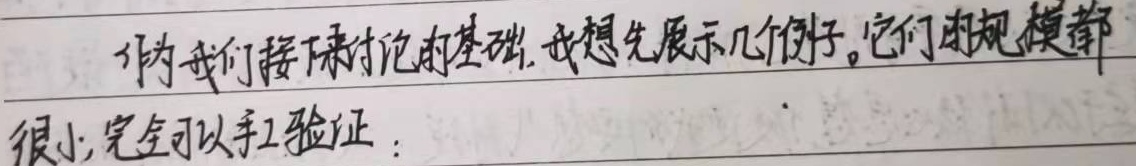
作为我们接下来讨论的基础, 我想先展示几个例子。它们的规模都很小, 完全可以手工验证: